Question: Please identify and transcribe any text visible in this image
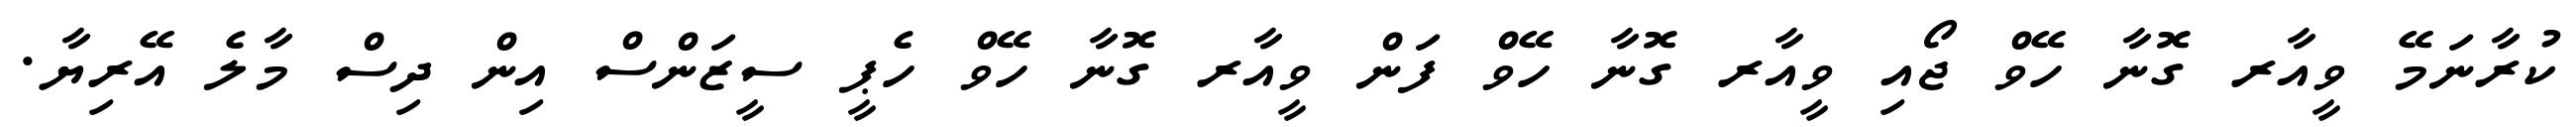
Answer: ކުރާނަމޭ ވީއާރ ގޮނާ ހޭވް ޖޯއި ވީއާރ ގޮނާ ހޭވް ފަން ވީއާރ ގޮނާ ހޭވް ހެޕީ ސީޒަންސް އިން ދިސް މާލެ އޭރިޔާ.